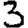
Digit: 3